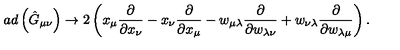
a d \left( \hat { G } _ { \mu \nu } \right) \rightarrow 2 \left( x _ { \mu } \frac { \partial } { \partial x _ { \nu } } - x _ { \nu } \frac { \partial } { \partial x _ { \mu } } - w _ { \mu \lambda } \frac { \partial } { \partial w _ { \lambda \nu } } + w _ { \nu \lambda } \frac { \partial } { \partial w _ { \lambda \mu } } \right) .